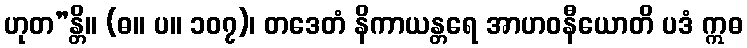
ဟုတ”န္တိ။ (ဓ။ ပ။ ၁၀၇)၊ တဒေတံ နိကာယန္တရေ အာဟဝနီယောတိ ပဒံ ဣဓ